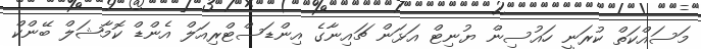
މަސައްކަތް ކުރަނީ ހައުސިން ޔުނިޓް އަޅަން ޗައިނާގެ އިންޑަސްޓްރިއަލް އެންޑް ކޮމާޝަލް ބޭންކް